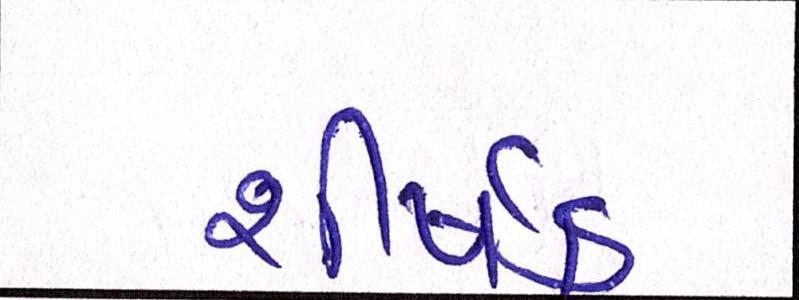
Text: શીર્ષક